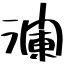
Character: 瀾